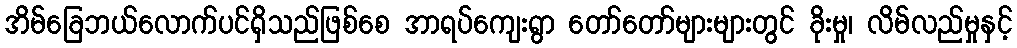
အိမ်ခြေဘယ်လောက်ပင်ရှိသည်ဖြစ်စေ အာရပ်ကျေးရွာ တော်တော်များများတွင် ခိုးမှု၊ လိမ်လည်မှုနှင့်